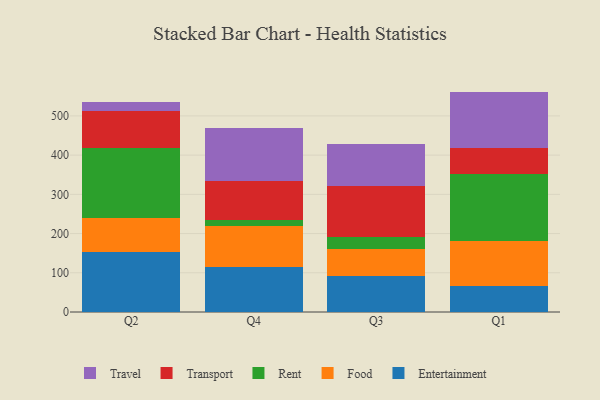
{"axis": {"x": "Quarter", "y": "Tickets Resolved"}, "legend": ["Entertainment", "Food", "Rent", "Transport", "Travel"], "data": [{"x": "Q2", "y": 151.8, "type": "Entertainment"}, {"x": "Q2", "y": 88.4, "type": "Food"}, {"x": "Q2", "y": 178.9, "type": "Rent"}, {"x": "Q2", "y": 94.0, "type": "Transport"}, {"x": "Q2", "y": 22.8, "type": "Travel"}, {"x": "Q4", "y": 113.7, "type": "Entertainment"}, {"x": "Q4", "y": 105.7, "type": "Food"}, {"x": "Q4", "y": 16.3, "type": "Rent"}, {"x": "Q4", "y": 97.7, "type": "Transport"}, {"x": "Q4", "y": 136.0, "type": "Travel"}, {"x": "Q3", "y": 90.7, "type": "Entertainment"}, {"x": "Q3", "y": 69.4, "type": "Food"}, {"x": "Q3", "y": 30.2, "type": "Rent"}, {"x": "Q3", "y": 131.2, "type": "Transport"}, {"x": "Q3", "y": 107.4, "type": "Travel"}, {"x": "Q1", "y": 65.6, "type": "Entertainment"}, {"x": "Q1", "y": 114.4, "type": "Food"}, {"x": "Q1", "y": 172.6, "type": "Rent"}, {"x": "Q1", "y": 64.5, "type": "Transport"}, {"x": "Q1", "y": 144.9, "type": "Travel"}]}